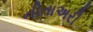
નીતાઅરી